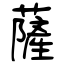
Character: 薩